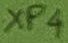
Text: XP4